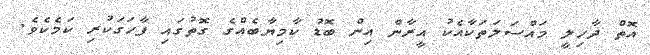
އޮތް ދާހިލީ މައްސަލަތަކާއެކު އީރާން އިން ބޮޑު ކާމިޔާބެއްގެ ގޮތުގައި ފާހަގަކުރި ކަމެކެވެ.